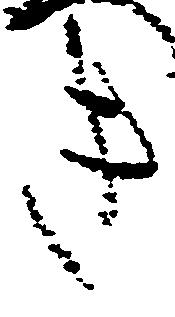
き